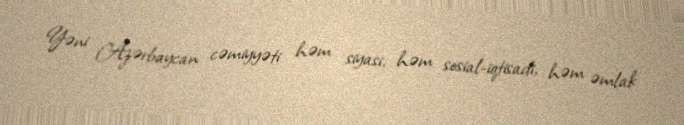
Yəni Azərbaycan cəmiyyəti həm siyasi, həm sosial-iqtisadi, həm əmlak